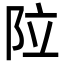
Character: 𮤽